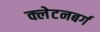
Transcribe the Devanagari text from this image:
क्लेटनबर्ग